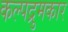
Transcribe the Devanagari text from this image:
कल्पद्रुमकार